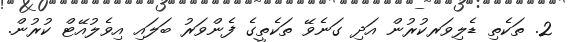
2. ތަކެތި ޑެލިވަރކުރުން އަދި ގަނެވޭ ތަކެތީގެ ފެންވަރު ބަލައި އިވެލުއޭޓް ކުރުން.